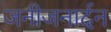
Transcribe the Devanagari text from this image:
जनीजनार्दन